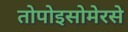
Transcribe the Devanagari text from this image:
तोपोइसोमेरसे